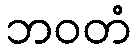
ဘဝတံ